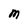
Character: M